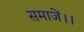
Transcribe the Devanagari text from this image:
समाजें।।